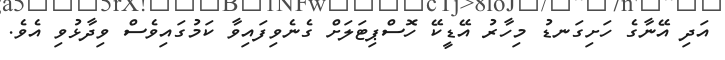
އަދި އޭނާގެ ހަށިގަނޑު މިހާރު އޭޑީކޭ ހޮސްޕިޓަލަށް ގެނެވިފައިވާ ކަމުގައިވެސް ވިދާޅުވި އެވެ.